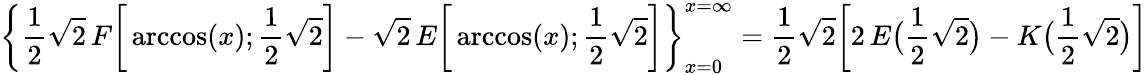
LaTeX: {\biggl\{ \frac{1}{2}}{\sqrt{2}}\, F{\biggl[}\operatorname{arccos}(x);{\frac{1}{2}}{\sqrt{2}}{\biggr]}-{\sqrt{2}}\, E{\biggl[}\operatorname{arccos}(x);{\frac{1}{2}}{\sqrt{2}}{\biggr]}{\biggr\} }_{x=0}^{x=\infty}={\frac{1}{2}}{\sqrt{2}}{\biggl[}2\, E{\bigl(}{\frac{1}{2}}{\sqrt{2}}{\bigr)}-K{\bigl(}{\frac{1}{2}}{\sqrt{2}}{\bigr)}{\biggr]}